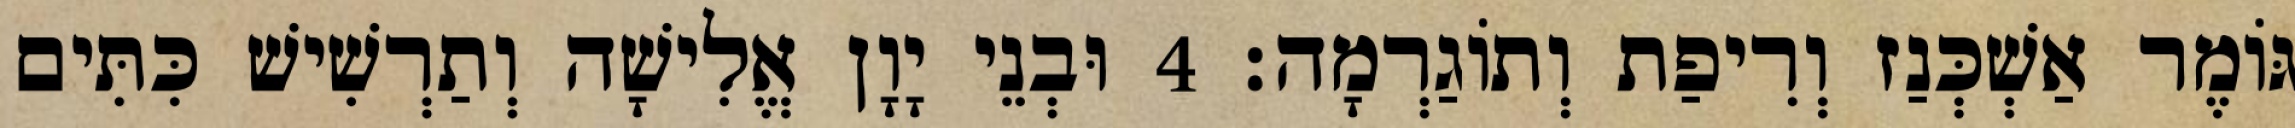
גּוֹמֶר אַשְׁכְּנַז וְרִיפַת וְתוֹגַרְמָה׃ 4 וּבְנֵי יָוָן אֱלִישָׁה וְתַרְשִׁישׁ כִּתִּים